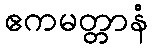
ဧကမတ္တာနံ